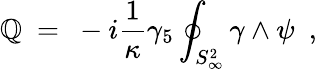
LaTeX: \mathbb{Q}~=~-i{\frac{{1}}{{\kappa}}}\gamma_{5}\oint_{S_{\infty}^{2}}\gamma\wedge\psi\ \ ,